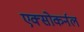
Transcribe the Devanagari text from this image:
एक्सोकर्नल